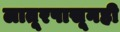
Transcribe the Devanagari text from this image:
लातूरपासूनही